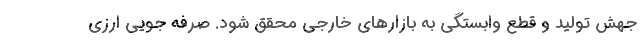
جهش توليد و قطع وابستگي به بازارهاي خارجي محقق شود. صرفه جویی ارزی